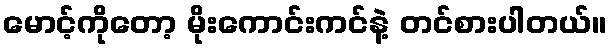
မောင့်ကိုတော့ မိုးကောင်းကင်နဲ့ တင်စားပါတယ်။